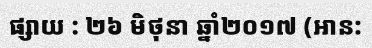
ផ្សាយ : ២៦ មិថុនា ឆ្នាំ២០១៧ (អាន: